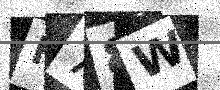
Text: H78W